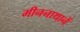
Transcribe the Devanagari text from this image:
मीननाथानें